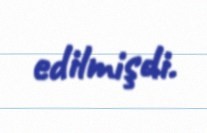
edilmişdi.